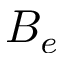
B _ { e }